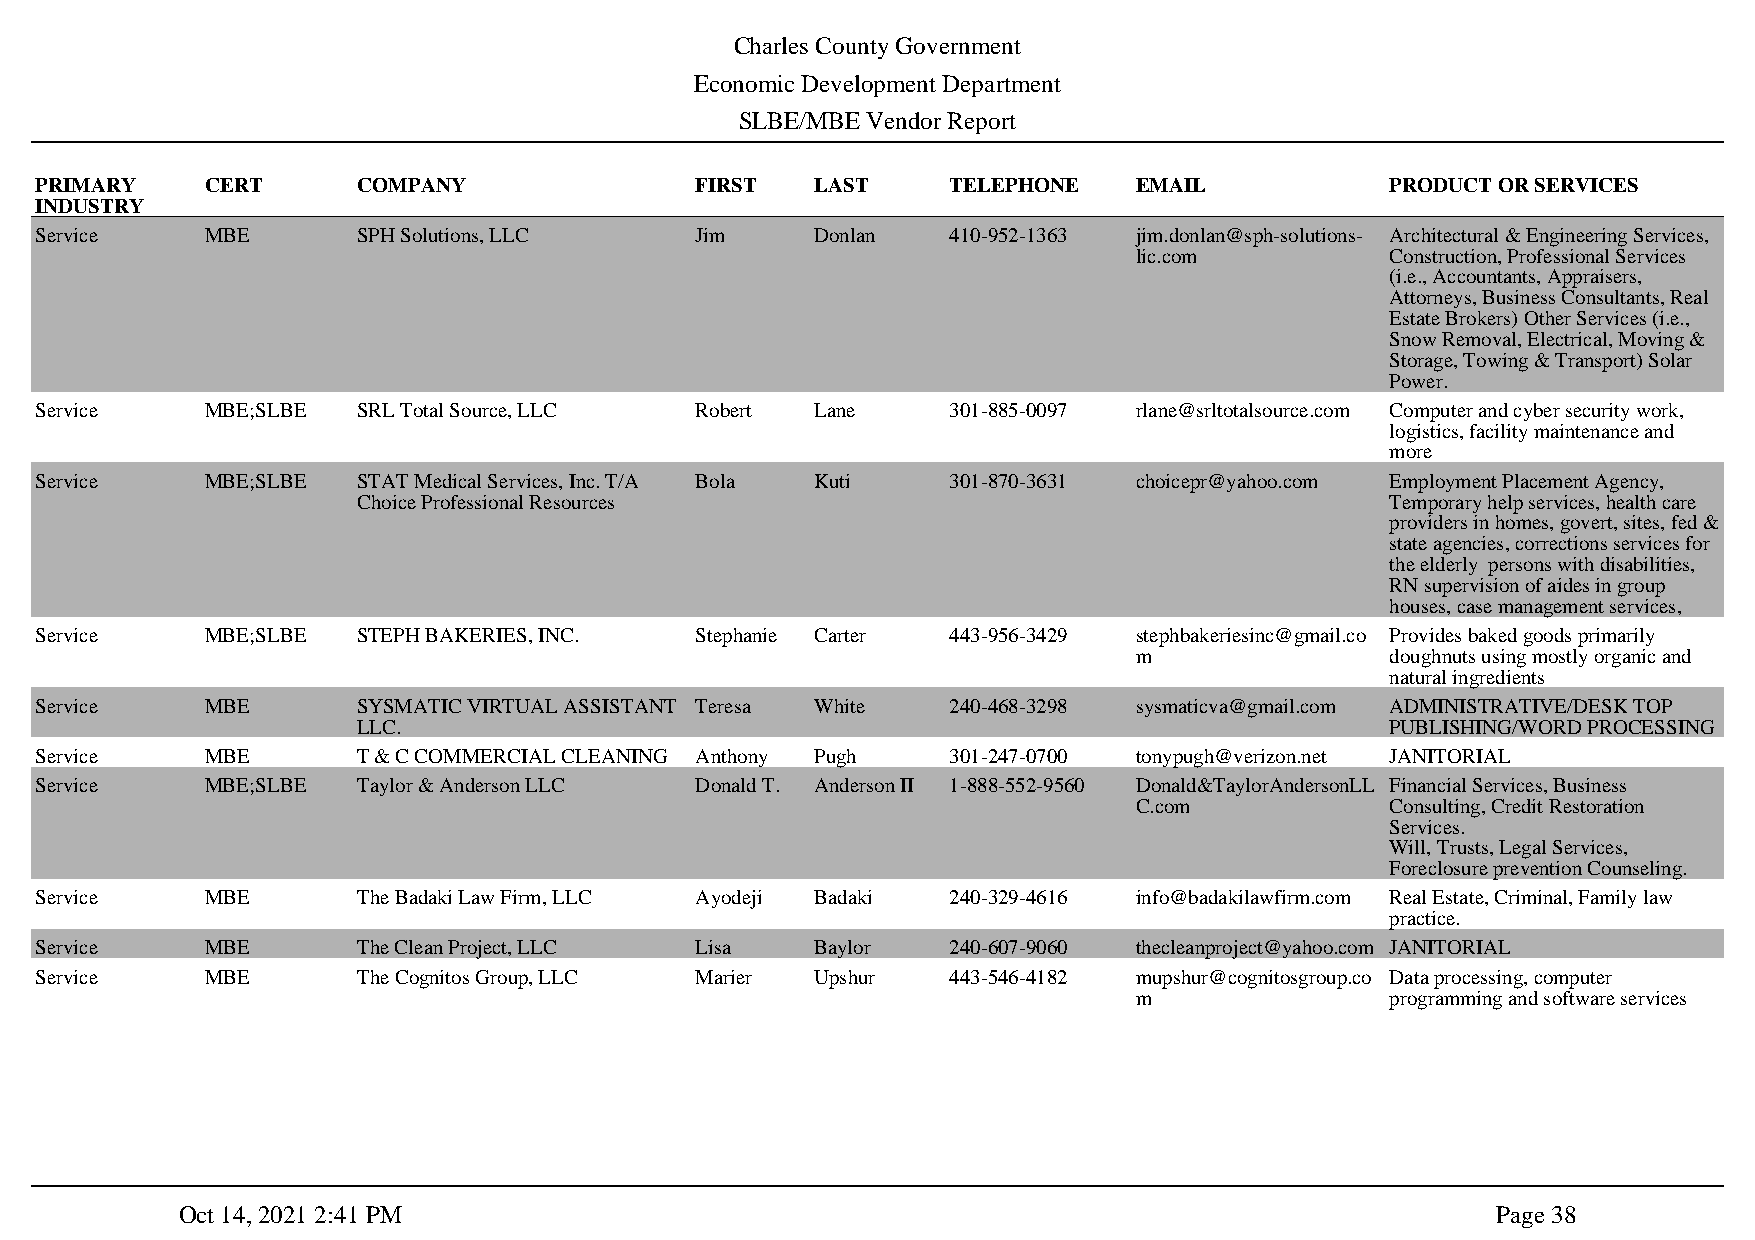
Charles County Government
 Economic Development Department
 SLBE/MBE Vendor Report
 PRIMARY     CERT      COMPANY               FIRST   LAST     TELEPHONE   EMAIL            PRODUCT OR SERVICES
 INDUSTRY
 Service     MBE       SPH Solutions, LLC    Jim     Donlan   410-952-1363 jim.donlan@sph-solutions- Architectural & Engineering Services,
 lic.com          Construction, Professional Services
 (i.e., Accountants, Appraisers,
 Attorneys, Business Consultants, Real
 Estate Brokers) Other Services (i.e.,
 Snow Removal, Electrical, Moving &
 Storage, Towing & Transport) Solar
 Power.
 Service     MBE;SLBE  SRL Total Source, LLC Robert  Lane     301-885-0097 rlane@srltotalsource.com Computer and cyber security work,
 logistics, facility maintenance and
 more
 Service     MBE;SLBE  STAT Medical Services, Inc. T/A Bola Kuti 301-870-3631 choicepr@yahoo.com Employment Placement Agency,
 Choice Professional Resources                                       Temporary help services, health care
 providers in homes, govert, sites, fed &
 state agencies, corrections services for
 the elderly persons with disabilities,
 RN supervision of aides in group
 houses, case management services,
 Service     MBE;SLBE  STEPH BAKERIES, INC.  Stephanie Carter 443-956-3429 stephbakeriesinc@gmail.co Provides baked goods primarily
 m                doughnuts using mostly organic and
 natural ingredients
 Service     MBE       SYSMATIC VIRTUAL ASSISTANT Teresa White 240-468-3298 sysmaticva@gmail.com ADMINISTRATIVE/DESK TOP
 LLC.                                                                PUBLISHING/WORD PROCESSING
 Service     MBE       T & C COMMERCIAL CLEANING Anthony Pugh 301-247-0700 tonypugh@verizon.net JANITORIAL
 Service     MBE;SLBE  Taylor & Anderson LLC Donald T. Anderson II 1-888-552-9560 Donald&TaylorAndersonLL Financial Services, Business
 C.com            Consulting, Credit Restoration
 Services.
 Will, Trusts, Legal Services,
 Foreclosure prevention Counseling.
 Service     MBE       The Badaki Law Firm, LLC Ayodeji Badaki 240-329-4616 info@badakilawfirm.com Real Estate, Criminal, Family law
 practice.
 Service     MBE       The Clean Project, LLC Lisa   Baylor   240-607-9060 thecleanproject@yahoo.com JANITORIAL
 Service     MBE       The Cognitos Group, LLC Marier Upshur  443-546-4182 mupshur@cognitosgroup.co Data processing, computer
 m                programming and software services
 Oct 14, 2021 2:41 PM                                                                   Page 38